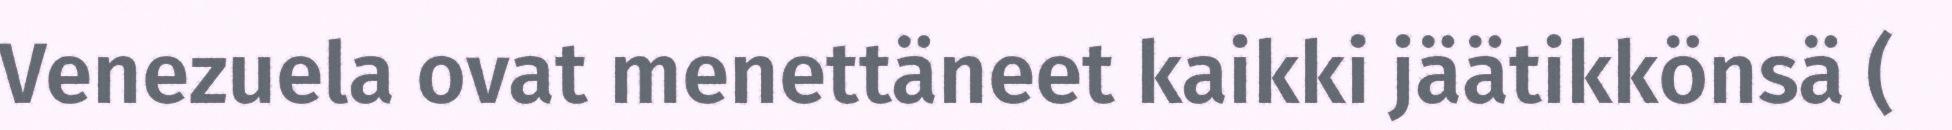
Venezuela ovat menettäneet kaikki jäätikkönsä (